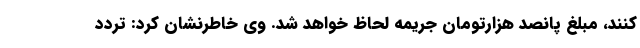
کنند، مبلغ پانصد هزارتومان جریمه لحاظ خواهد شد. وی خاطرنشان کرد: تردد